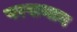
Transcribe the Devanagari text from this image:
परसथान